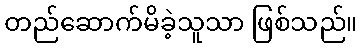
တည်ဆောက်မိခဲ့သူသာ ဖြစ်သည်။